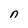
Character: n